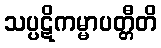
သပ္ပဋိကမ္မာပတ္တီတိ